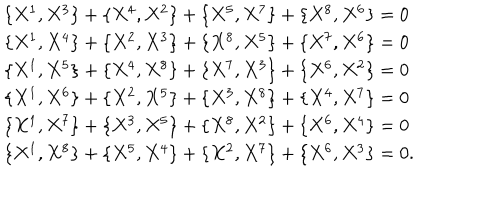
\begin{array} { l c r } { { \{ X ^ { 1 } , X ^ { 3 } \} + \{ X ^ { 4 } , X ^ { 2 } \} + \{ X ^ { 5 } , X ^ { 7 } \} + \{ X ^ { 8 } , X ^ { 6 } \} = 0 } } \\ { { \{ X ^ { 1 } , X ^ { 4 } \} + \{ X ^ { 2 } , X ^ { 3 } \} + \{ X ^ { 8 } , X ^ { 5 } \} + \{ X ^ { 7 } , X ^ { 6 } \} = 0 } } \\ { { \{ X ^ { 1 } , X ^ { 5 } \} + \{ X ^ { 4 } , X ^ { 8 } \} + \{ X ^ { 7 } , X ^ { 3 } \} + \{ X ^ { 6 } , X ^ { 2 } \} = 0 } } \\ { { \{ X ^ { 1 } , X ^ { 6 } \} + \{ X ^ { 2 } , X ^ { 5 } \} + \{ X ^ { 3 } , X ^ { 8 } \} + \{ X ^ { 4 } , X ^ { 7 } \} = 0 } } \\ { { \{ X ^ { 1 } , X ^ { 7 } \} + \{ X ^ { 3 } , X ^ { 5 } \} + \{ X ^ { 8 } , X ^ { 2 } \} + \{ X ^ { 6 } , X ^ { 4 } \} = 0 } } \\ { { \{ X ^ { 1 } , X ^ { 8 } \} + \{ X ^ { 5 } , X ^ { 4 } \} + \{ X ^ { 2 } , X ^ { 7 } \} + \{ X ^ { 6 } , X ^ { 3 } \} = 0 . } } \\ \end{array}